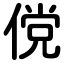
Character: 傥